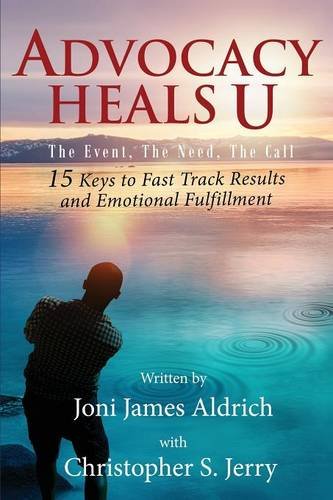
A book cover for Advocacy Heals U; Joni James Aldrich; Law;